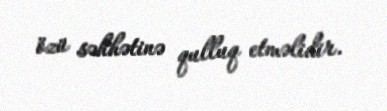
özü səhhətinə qulluq etməlidir.